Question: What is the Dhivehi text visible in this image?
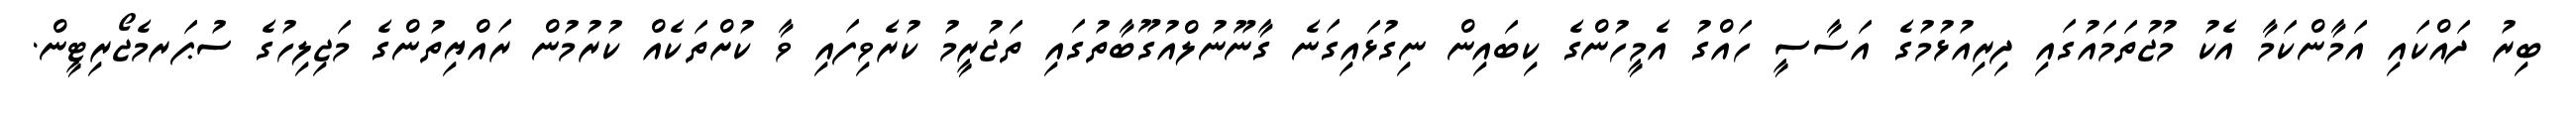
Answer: ބިރު ދައްކައި އަމާންކަމާ އެކު މުޖުތަމައުގައި ދިރިއުޅުމުގެ އަސާސީ ހައްގު އެމީހުންގެ ކިބައިން ނިގުޅައިގަނެ ގާނޫނުލްއުގޫބާތުގައި ތަޖުރީމު ކުރެވިފައި ވާ ކުށްތަކެއް ކުރުމުން ރައްޔިތުންގެ މަޖިލިހުގެ ސުޕަރމެޖޯރިޓީން.